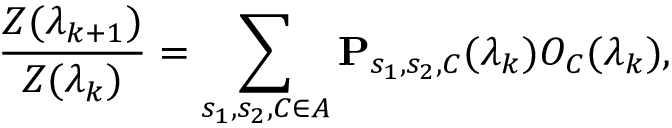
\frac { Z ( \lambda _ { k + 1 } ) } { Z ( \lambda _ { k } ) } = \sum _ { s _ { 1 } , s _ { 2 } , C \in A } \mathbf { P } _ { s _ { 1 } , s _ { 2 } , C } ( \lambda _ { k } ) O _ { C } ( \lambda _ { k } ) ,